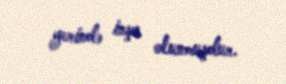
yerində inşa olunmuşdur.